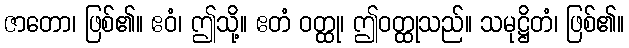
ဇာတော၊ ဖြစ်၏။ ဧဝံ၊ ဤသို့။ ဧတံ ဝတ္ထု၊ ဤဝတ္ထုသည်။ သမုဋ္ဌိတံ၊ ဖြစ်၏။